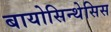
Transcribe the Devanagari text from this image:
बायोसिन्थेसिस